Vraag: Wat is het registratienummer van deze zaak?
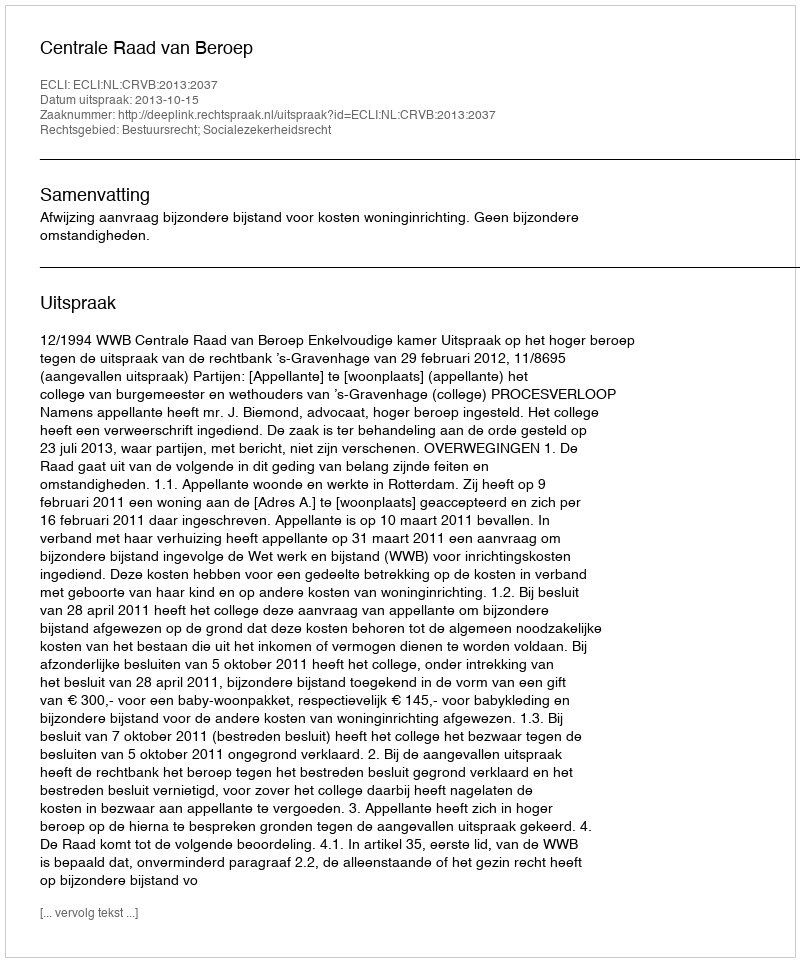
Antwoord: http://deeplink.rechtspraak.nl/uitspraak?id=ECLI:NL:CRVB:2013:2037